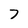
Character: 7